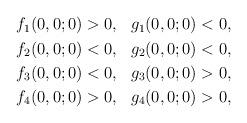
LaTeX: \begin{align*}\begin{aligned}f_1(0,0;0) &> 0, &g_1(0,0;0) &< 0, \\f_2(0,0;0) &< 0, &g_2(0,0;0) &< 0, \\f_3(0,0;0) &< 0, &g_3(0,0;0) &> 0, \\f_4(0,0;0) &> 0, &g_4(0,0;0) &> 0,\end{aligned}\end{align*}